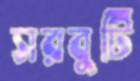
সরবুটি